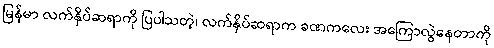
မြန်မာ လက်နှိပ်ဆရာကို ပြပါသတဲ့၊ လက်နှိပ်ဆရာက ခဏကလေး အကြောလွဲနေတာကို